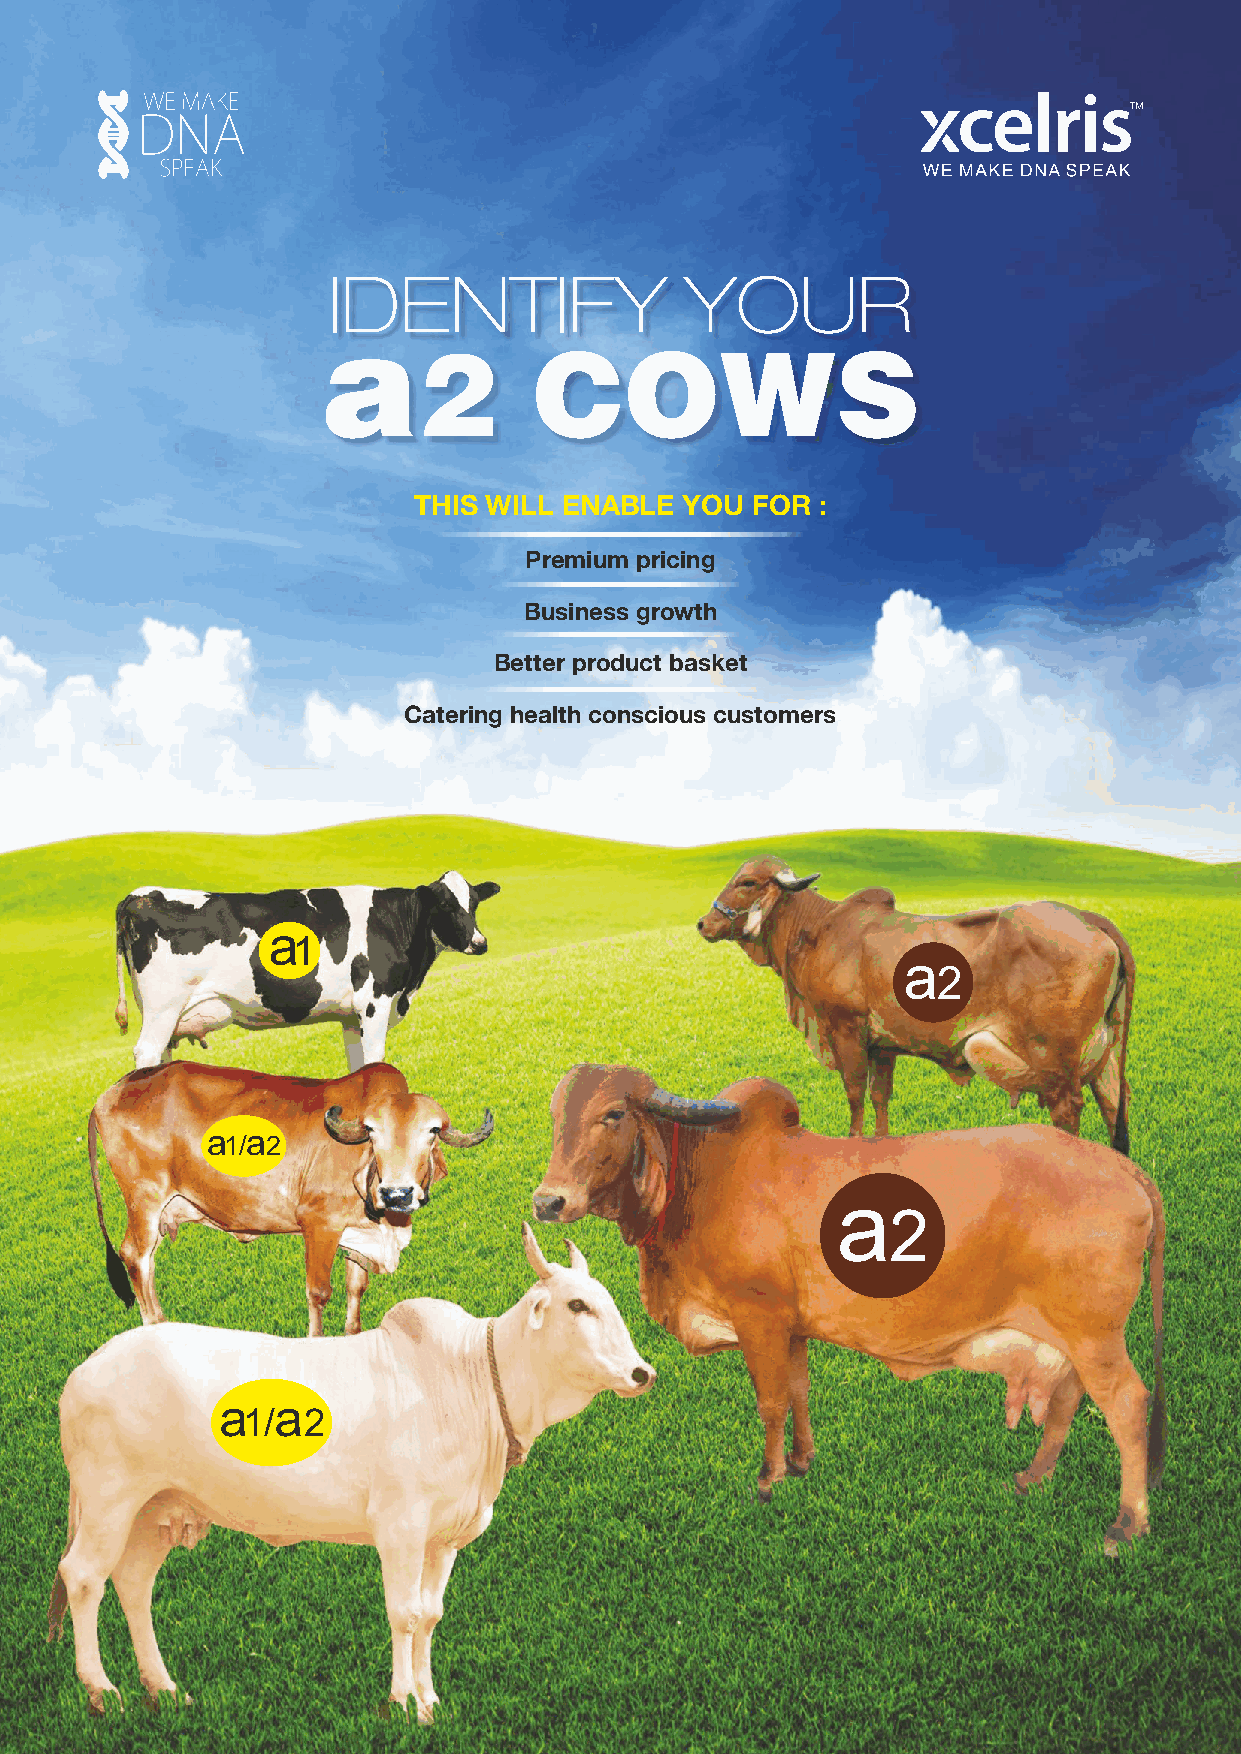
IDENTIFY               YOUR
 a
 2      COWS
 THIS WILL ENABLE  YOU  FOR :
 Premium pricing
 Business growth
 Better product basket
 Catering health conscious customers
 a
 1
 a
 2
 a a
 1/ 2
 a
 2
 a  a
 1/  2